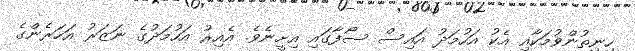
ހިނިތުންވުމަކާއި އެކު އަހުމަދު އައިސް ސޯފާގައި އިށީނެވެ. އެއިރު އަހުމަދުގެ ނަޒަރު އަހަރެންގެ